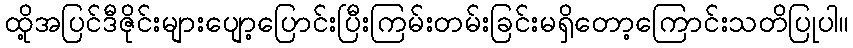
ထို့အပြင်ဒီဇိုင်းများပျော့ပြောင်းပြီးကြမ်းတမ်းခြင်းမရှိတော့ကြောင်းသတိပြုပါ။